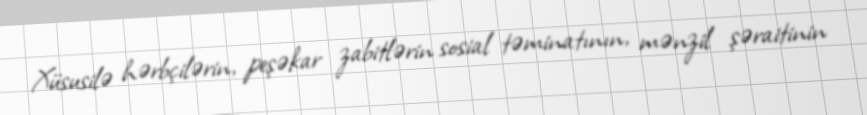
Xüsusilə hərbçilərin, peşəkar zabitlərin sosial təminatının, mənzil şəraitinin